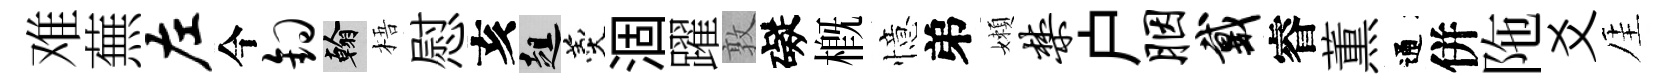
难蕪左今钩翰梧慰亥趄羹涸躍敦礙槪憶弟嬾禁户胭戴睿薫通併陁爻厓